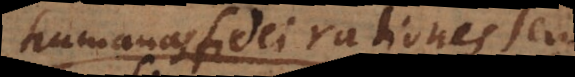
humanas fidei rationes seu